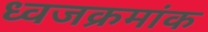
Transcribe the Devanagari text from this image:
ध्वजक्रमांक